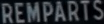
REMPARTS